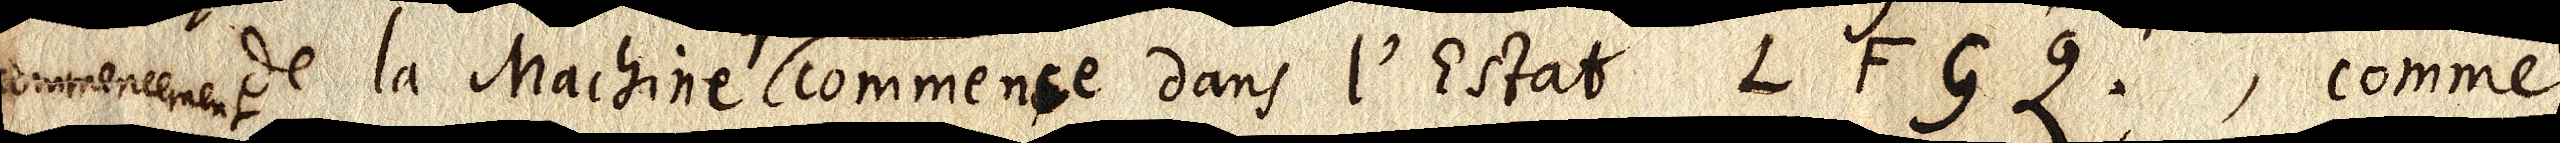
commencement de la Machine commence dans l’Estat LFGQ, comme